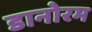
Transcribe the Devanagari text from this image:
डानोरम